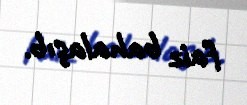
faiz bahalaşıb.